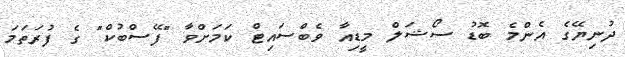
ދުނިޔޭގެ އެންމެ ބޮޑު ސޯޝަލް މީޑިއާ ވެބްސައިޓް ކަމަށްވާ "ފޭސްބުކް" ގެ ފުރަތަމަ